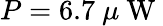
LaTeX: P=6.7~\mu\mathrm{~W~}